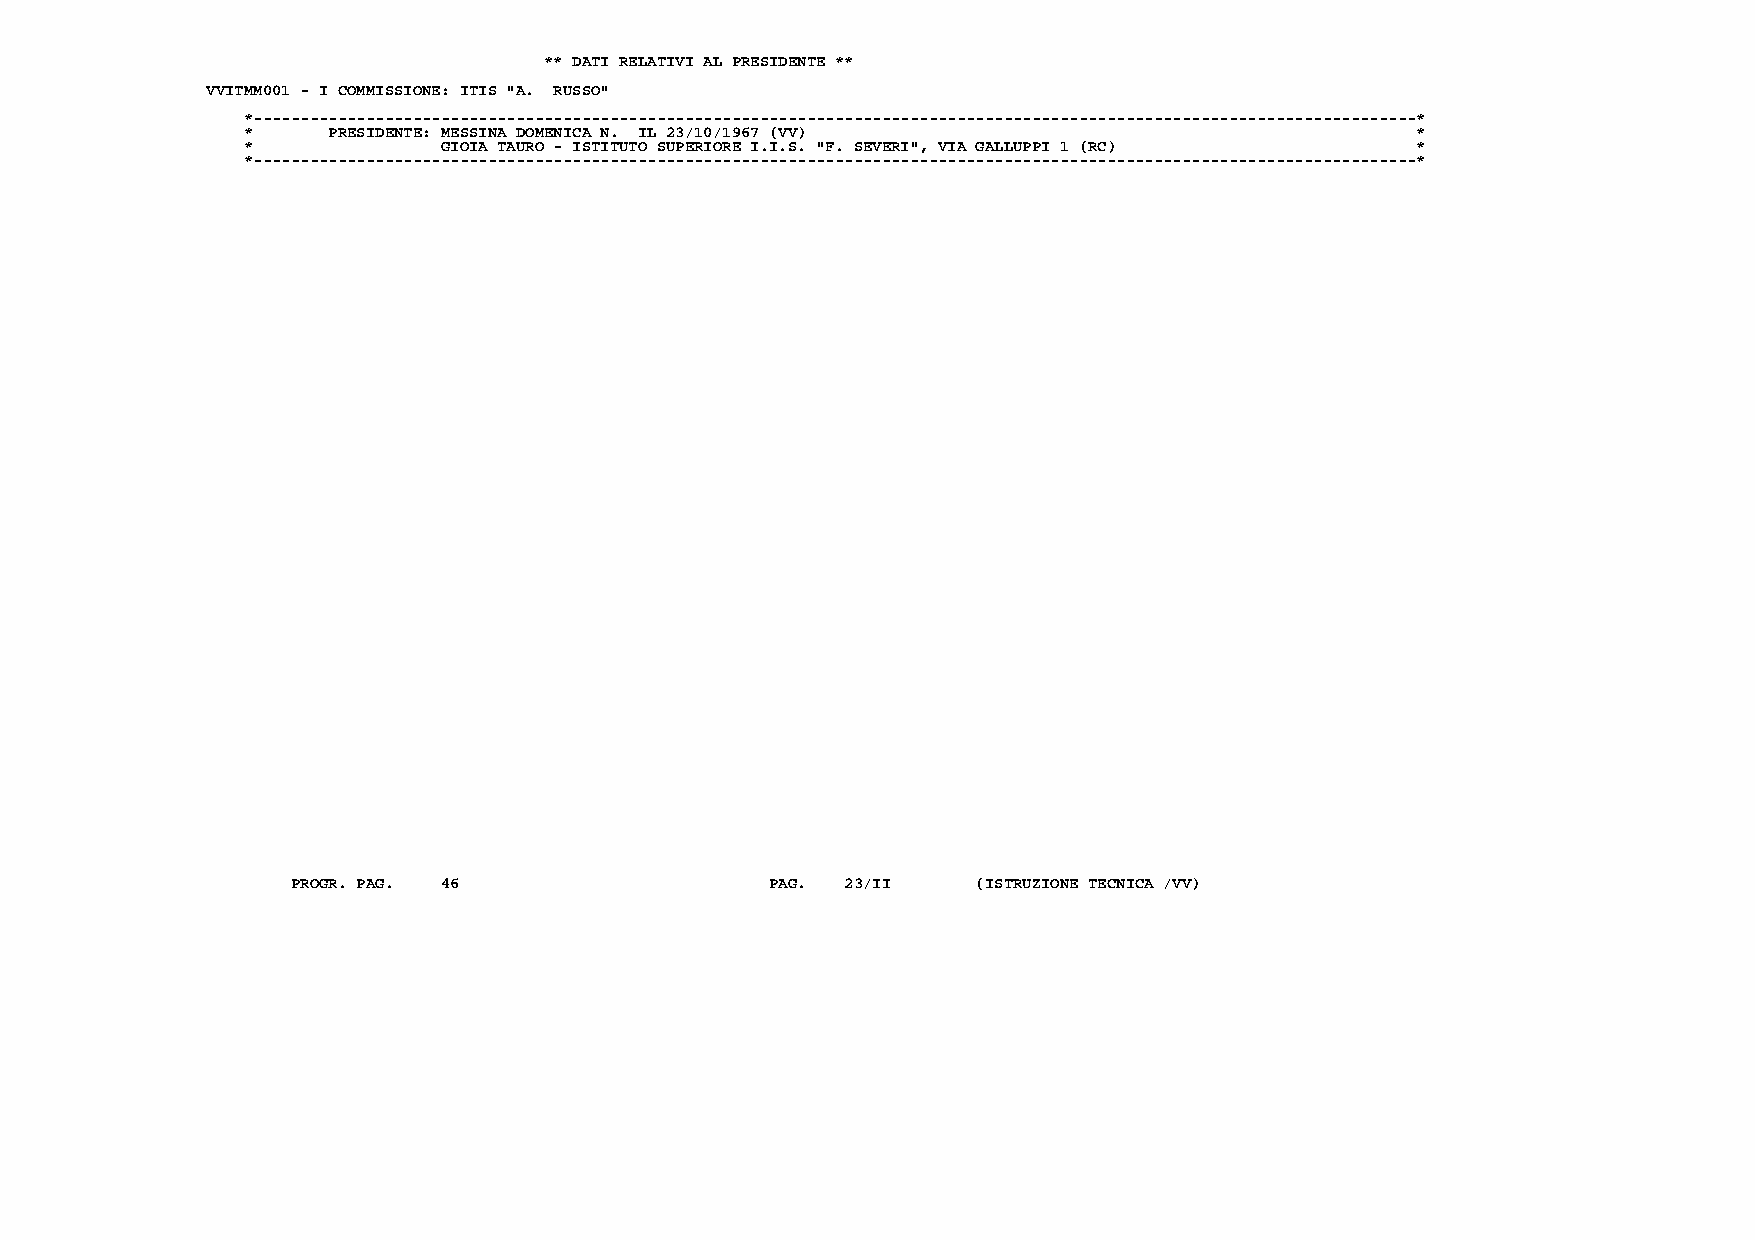
** DATI RELATIVI AL PRESIDENTE **
 VVITMM001 - I COMMISSIONE: ITIS "A. RUSSO"
 *----------------------------------------------------------------------------------------------------------------------------*
 *     PRESIDENTE: MESSINA DOMENICA N. IL 23/10/1967 (VV)                      *
 *            GIOIA TAURO - ISTITUTO SUPERIORE I.I.S. "F. SEVERI", VIA GALLUPPI 1 (RC) *
 *----------------------------------------------------------------------------------------------------------------------------*
 PROGR. PAG. 46                  PAG. 23/II    (ISTRUZIONE TECNICA /VV)